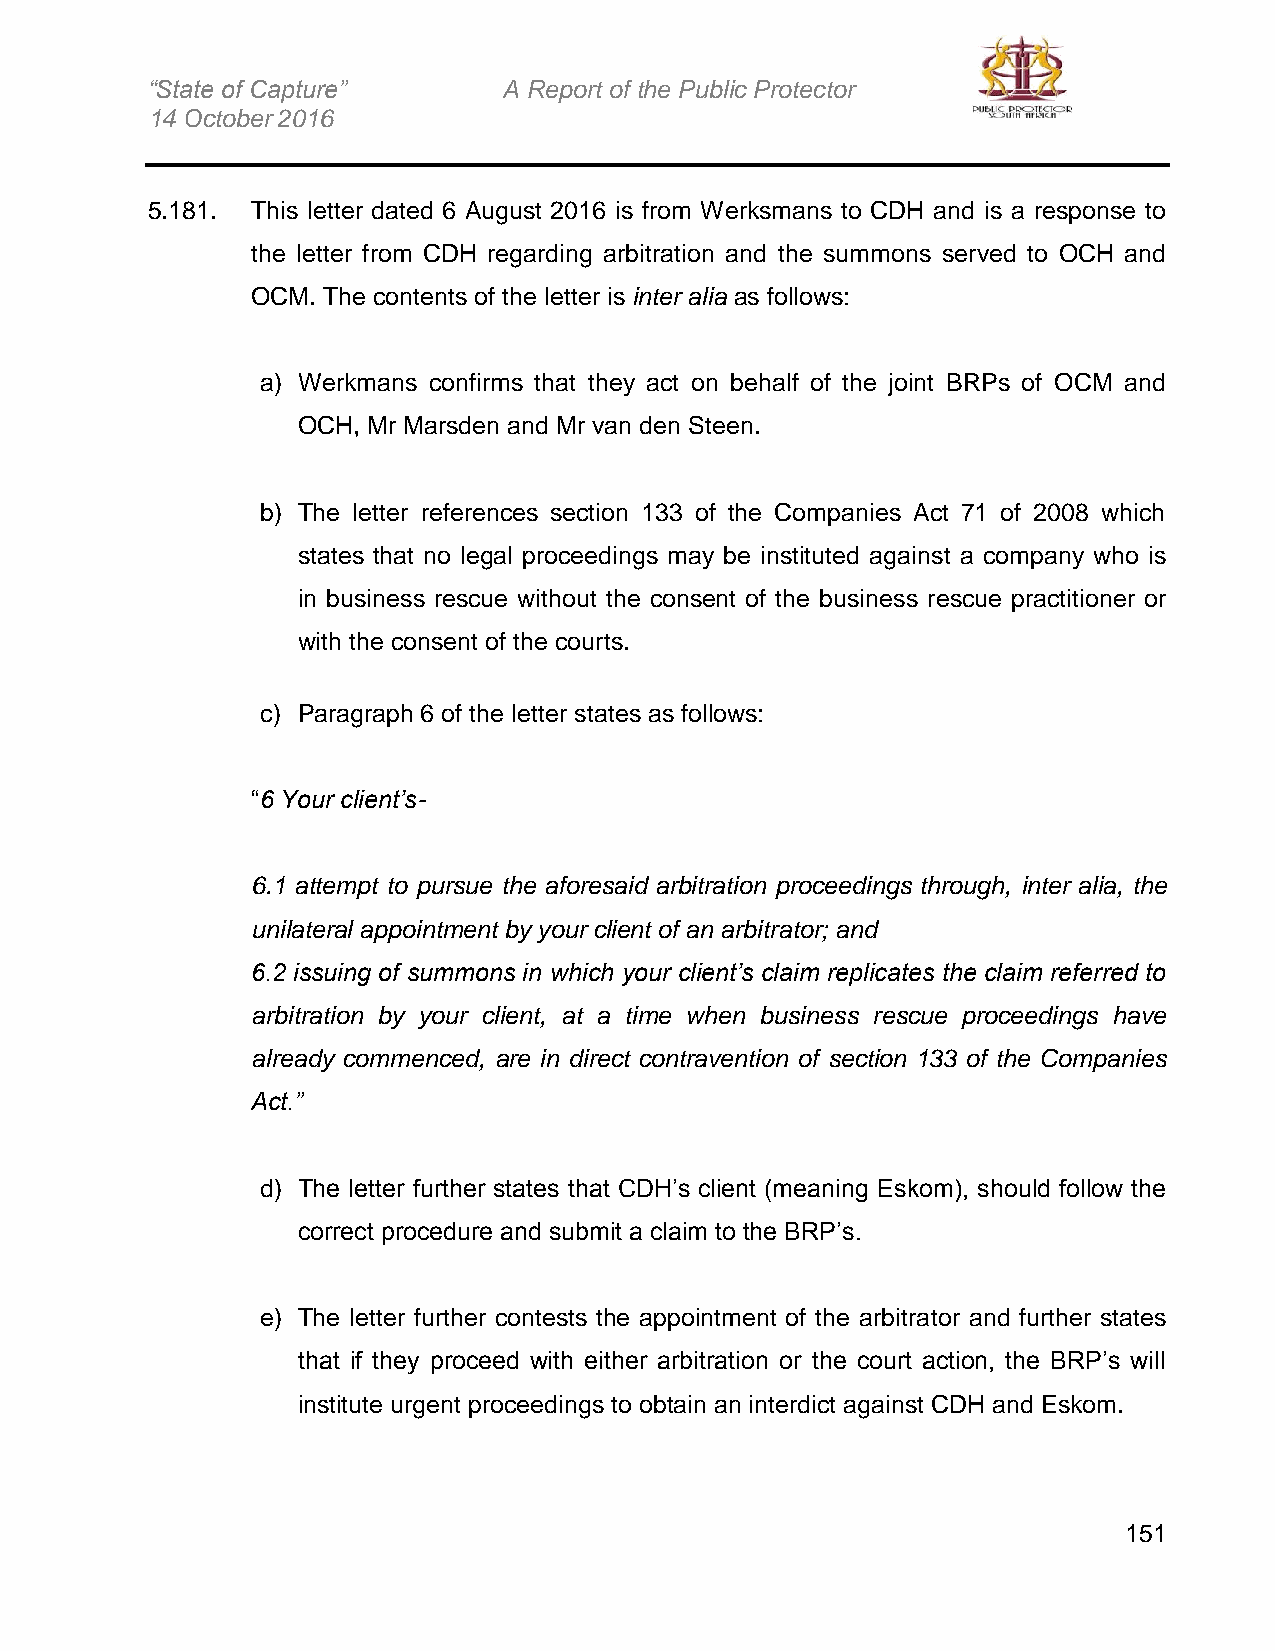
“State of Capture”     A Report of the Public Protector
 14 October 2016
 5.181. This letter dated 6 August 2016 is from Werksmans to CDH and is a response to
 the letter from CDH regarding arbitration and the summons served to OCH and
 OCM. The contents of the letter is inter alia as follows:
 a) Werkmans confirms that they act on behalf of the joint BRPs of OCM and
 OCH, Mr Marsden and Mr van den Steen.
 b) The letter references section 133 of the Companies Act 71 of 2008 which
 states that no legal proceedings may be instituted against a company who is
 in business rescue without the consent of the business rescue practitioner or
 with the consent of the courts.
 c) Paragraph 6 of the letter states as follows:
 “6 Your client’s-
 6.1 attempt to pursue the aforesaid arbitration proceedings through, inter alia, the
 unilateral appointment by your client of an arbitrator; and
 6.2 issuing of summons in which your client’s claim replicates the claim referred to
 arbitration by your client, at a time when business rescue proceedings have
 already commenced, are in direct contravention of section 133 of the Companies
 Act.”
 d) The letter further states that CDH’s client (meaning Eskom), should follow the
 correct procedure and submit a claim to the BRP’s.
 e) The letter further contests the appointment of the arbitrator and further states
 that if they proceed with either arbitration or the court action, the BRP’s will
 institute urgent proceedings to obtain an interdict against CDH and Eskom.
 151